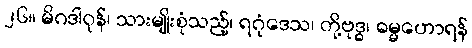
၂၆။ မိဂဒါဝုန်၊ သားမျိုးစုံသည့်၊ ရဂုံဒေသ၊ တို့ဗုဒ္ဓ၊ ဓမ္မဟောရန်